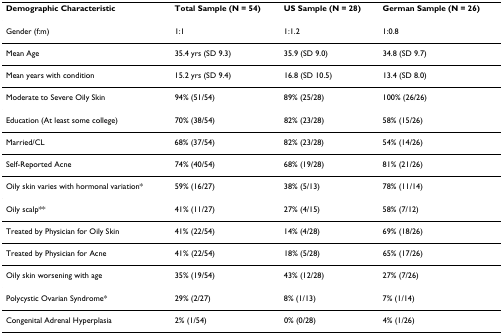
<table><thead><tr><td><b>Demographic Characteristic</b></td><td><b>Total Sample (N = 54)</b></td><td><b>US Sample (N = 28)</b></td><td><b>German Sample (N = 26)</b></td></tr></thead><tbody><tr><td>Gender (f:m)</td><td>1:1</td><td>1:1.2</td><td>1:0.8</td></tr><tr><td>Mean Age</td><td>35.4 yrs (SD 9.3)</td><td>35.9 (SD 9.0)</td><td>34.8 (SD 9.7)</td></tr><tr><td>Mean years with condition</td><td>15.2 yrs (SD 9.4)</td><td>16.8 (SD 10.5)</td><td>13.4 (SD 8.0)</td></tr><tr><td>Moderate to Severe Oily Skin</td><td>94% (51/54)</td><td>89% (25/28)</td><td>100% (26/26)</td></tr><tr><td>Education (At least some college)</td><td>70% (38/54)</td><td>82% (23/28)</td><td>58% (15/26)</td></tr><tr><td>Married/CL</td><td>68% (37/54)</td><td>82% (23/28)</td><td>54% (14/26)</td></tr><tr><td>Self-Reported Acne</td><td>74% (40/54)</td><td>68% (19/28)</td><td>81% (21/26)</td></tr><tr><td>Oily skin varies with hormonal variation*</td><td>59% (16/27)</td><td>38% (5/13)</td><td>78% (11/14)</td></tr><tr><td>Oily scalp**</td><td>41% (11/27)</td><td>27% (4/15)</td><td>58% (7/12)</td></tr><tr><td>Treated by Physician for Oily Skin</td><td>41% (22/54)</td><td>14% (4/28)</td><td>69% (18/26)</td></tr><tr><td>Treated by Physician for Acne</td><td>41% (22/54)</td><td>18% (5/28)</td><td>65% (17/26)</td></tr><tr><td>Oily skin worsening with age</td><td>35% (19/54)</td><td>43% (12/28)</td><td>27% (7/26)</td></tr><tr><td>Polycystic Ovarian Syndrome*</td><td>29% (2/27)</td><td>8% (1/13)</td><td>7% (1/14)</td></tr><tr><td>Congenital Adrenal Hyperplasia</td><td>2% (1/54)</td><td>0% (0/28)</td><td>4% (1/26)</td></tr></tbody></table>